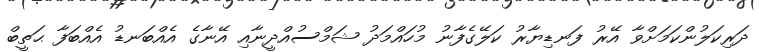
ދަރިކަލުންކަމަށްވާ އޭރު ފަނޑިޔާރު ކަލޭގެފާނު މުހައްމަދު ޝަމްސުއްދީނާއި އޭނާގެ އެއްބަނޑު އެއްބަފާ ޙަތީބް